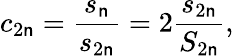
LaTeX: c_{2\mathsf{n}}={\frac{{s_{\mathsf{n}}}}{{s_{2\mathsf{n}}}}}=2{\frac{{s_{2\mathsf{n}}}}{{S_{2\mathsf{n}}}}},